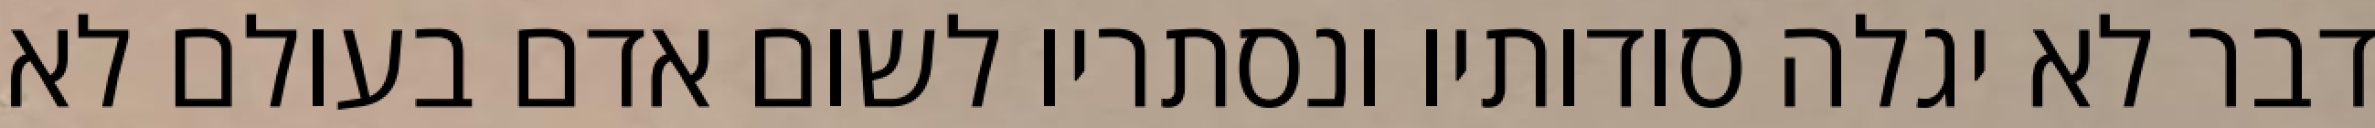
דבר לא יגלה סודותיו ונסתריו לשום אדם בעולם לא